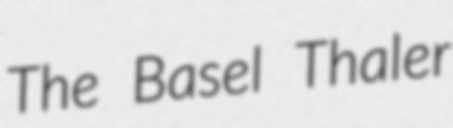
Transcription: The Basel Thaler